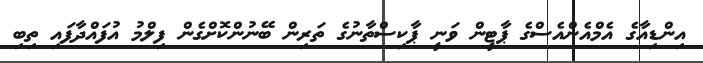
އިންޑިއާގެ އެމްއެންއެސްގެ ޕާޓީން ވަނީ ޕާކިސްތާނުގެ ތަރިން ބޭނުންކޮށްގެން ފިލްމު އުފައްދާފައި ތިބި